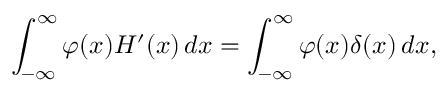
\int _ { - \infty } ^ { \infty } \varphi ( x ) H ^ { \prime } ( x ) \, d x = \int _ { - \infty } ^ { \infty } \varphi ( x ) \delta ( x ) \, d x ,